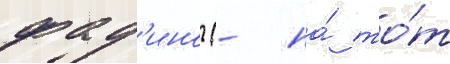
фад'ино (- на́ то́т